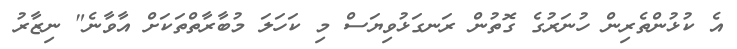
އެ ކުޅުންތެރިން ހުނަރުގެ ގޮތުން ރަނގަޅުވިޔަސް މި ކަހަލަ މުބާރާތްތަކަށް އާވާނެ" ނިޒާރު